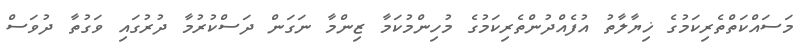
މަސައްކަތްތެރިކަމުގެ ޚިޔާލާތު އުފެއްދުންތެރިކަމުގެ މުހިންމުކަމާ ޒިންމާ ނަގަން ދަސްކުރުމާ ދުރުގައި ވަގުތާ ދުވަސް